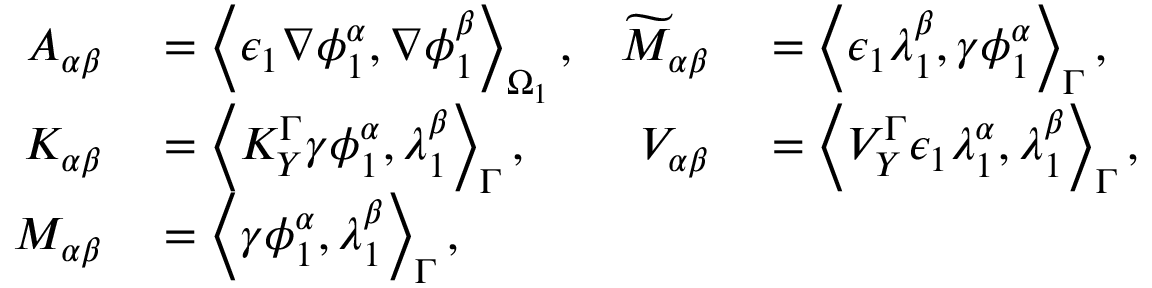
\begin{array} { r l r l } { A _ { \alpha \beta } } & { { } = \left\langle \epsilon _ { 1 } \nabla \phi _ { 1 } ^ { \alpha } , \nabla \phi _ { 1 } ^ { \beta } \right\rangle _ { \Omega _ { 1 } } , } & { \widetilde { M } _ { \alpha \beta } } & { { } = \left\langle \epsilon _ { 1 } \lambda _ { 1 } ^ { \beta } , \gamma \phi _ { 1 } ^ { \alpha } \right\rangle _ { \Gamma } , } \\ { K _ { \alpha \beta } } & { { } = \left\langle K _ { Y } ^ { \Gamma } \gamma \phi _ { 1 } ^ { \alpha } , \lambda _ { 1 } ^ { \beta } \right\rangle _ { \Gamma } , } & { V _ { \alpha \beta } } & { { } = \left\langle V _ { Y } ^ { \Gamma } \epsilon _ { 1 } \lambda _ { 1 } ^ { \alpha } , \lambda _ { 1 } ^ { \beta } \right\rangle _ { \Gamma } , } \\ { M _ { \alpha \beta } } & { { } = \left\langle \gamma \phi _ { 1 } ^ { \alpha } , \lambda _ { 1 } ^ { \beta } \right\rangle _ { \Gamma } , } \end{array}